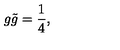
g \tilde { g } = \frac { 1 } { 4 } ,